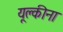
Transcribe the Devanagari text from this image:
यूक्लीना